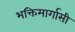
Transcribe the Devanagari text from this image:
भक्तिमार्गासी